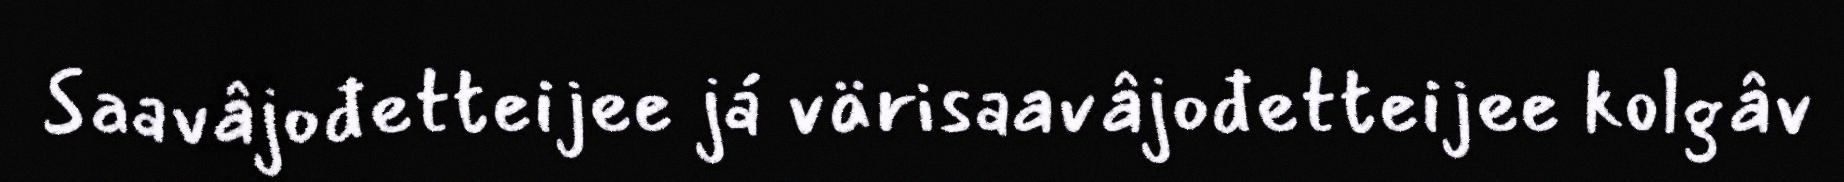
Saavâjođetteijee já värisaavâjođetteijee kolgâv